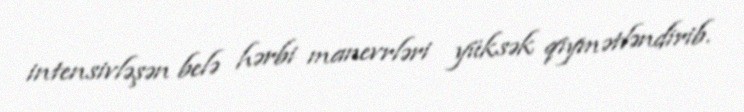
intensivləşən belə hərbi manevrləri yüksək qiymətləndirib.